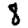
Digit: 8